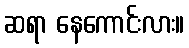
ဆရာ နေကောင်းလား။